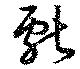
献